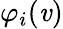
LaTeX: \varphi_{i}(\mathit{v})